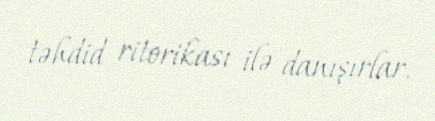
təhdid ritorikası ilə danışırlar.